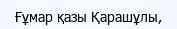
Ғұмар қазы Қарашұлы,